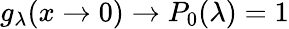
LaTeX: g_{\lambda}(x\rightarrow 0)\rightarrow P_{0}(\lambda)=1